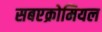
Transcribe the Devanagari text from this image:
सबएक्रोमियल